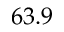
6 3 . 9